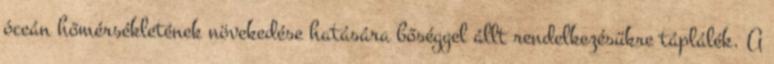
óceán hőmérsékletének növekedése hatására bőséggel állt rendelkezésükre táplálék. A